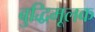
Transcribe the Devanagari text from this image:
बुद्धिमूलक